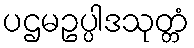
ပဌမဥပ္ပါဒသုတ္တံ